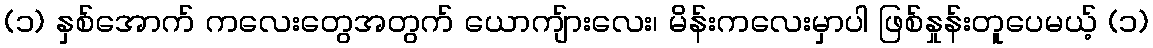
(၁) နှစ်အောက် ကလေးတွေအတွက် ယောကျ်ားလေး၊ မိန်းကလေးမှာပါ ဖြစ်နှုန်းတူပေမယ့် (၁)